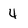
Character: 4